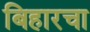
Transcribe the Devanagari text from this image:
बिहारचा